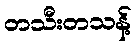
တသီးတသန့်